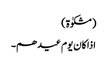
(مشکوٰۃ)
اذا کان یوم عیدھم۔